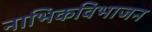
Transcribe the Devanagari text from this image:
नाभिकविभाजन